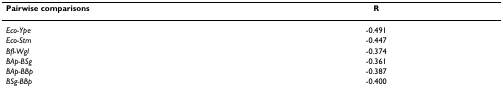
| Pairwise comparisons | R |
 | --- | --- |
 | Eco-Ype | -0.491 |
 | Eco-Stm | -0.447 |
 | Bfl-Wgl | -0.374 |
 | BAp-BSg | -0.361 |
 | BAp-BBp | -0.387 |
 | BSg-BBp | -0.400 |